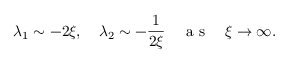
\lambda _ { 1 } \sim - 2 \xi , \quad \lambda _ { 2 } \sim - \frac { 1 } { 2 \xi } \quad \mathrm { ~ a ~ s ~ } \quad \xi \rightarrow \infty .